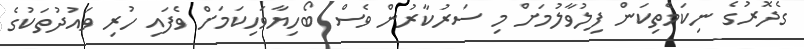
ގެދޮރުގެ ނިކަމެތިކަން ފިލުވާލުމަށް މި ސަރުކާރުން ވެސް ބޯހިޔާވަހިކަމަށް ވެފައި ހުރި ވައުދުތަކުގެ